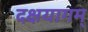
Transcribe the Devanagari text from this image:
दक्षयागम्